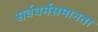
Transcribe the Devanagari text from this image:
सर्वधर्मसमानता